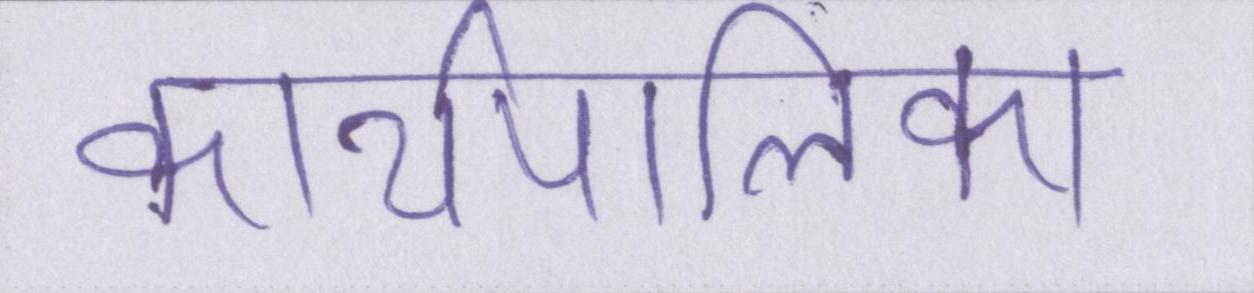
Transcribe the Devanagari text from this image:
कार्यपालिका